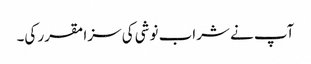
آپ نے شراب نوشی کی سزا مقرر کی۔